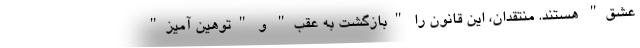
عشق" هستند. منتقدان، این قانون را "بازگشت به عقب" و "توهین آمیز"